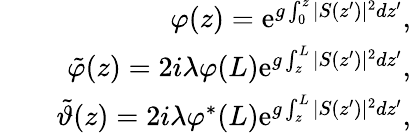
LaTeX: \begin{array}{rlr}&{}&{\varphi(z)=\mathrm{e}^{g\int_{0}^{z}\vert S(z^{\prime})\vert^{2}dz^{\prime}},}\\ &{}&{\tilde{\varphi}(z)=2i\lambda\varphi(L)\mathrm{e}^{g\int_{z}^{L}\vert S(z^{\prime})\vert^{2}dz^{\prime}},}\\ &{}&{\tilde{\vartheta}(z)=2i\lambda\varphi^{\ast}(L)\mathrm{e}^{g\int_{z}^{L}\vert S(z^{\prime})\vert^{2}dz^{\prime}},}\end{array}